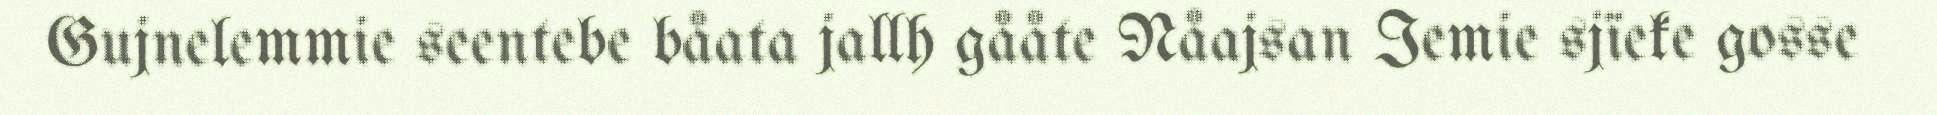
Gujnelemmie seentebe båata jallh gååte Nåajsan Iemie sjïeke gosse